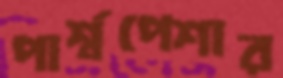
পার্শ্বপেশার